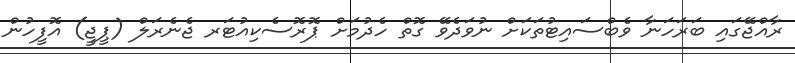
ރާއްޖޭގައި ބަރަހަނާ ވެބްސައިޓުތަކަށް ނުވަދެވޭ ގޮތް ހެދުމަށް ޕޮރޮސެކިއުޓަރ ޖެނެރަލް (ޕީޖީ) އޮފީހުން